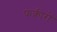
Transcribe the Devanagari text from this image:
फक़ीरों